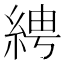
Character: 𦀔